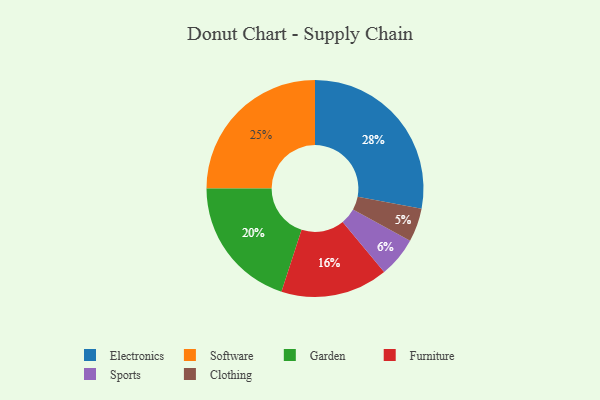
{"axis": {"x": "Category", "y": "Percentage"}, "legend": ["Clothing", "Electronics", "Furniture", "Garden", "Software", "Sports"], "data": [{"x": "Garden", "y": 20, "type": "Garden"}, {"x": "Electronics", "y": 28, "type": "Electronics"}, {"x": "Clothing", "y": 5, "type": "Clothing"}, {"x": "Furniture", "y": 16, "type": "Furniture"}, {"x": "Software", "y": 25, "type": "Software"}, {"x": "Sports", "y": 6, "type": "Sports"}]}